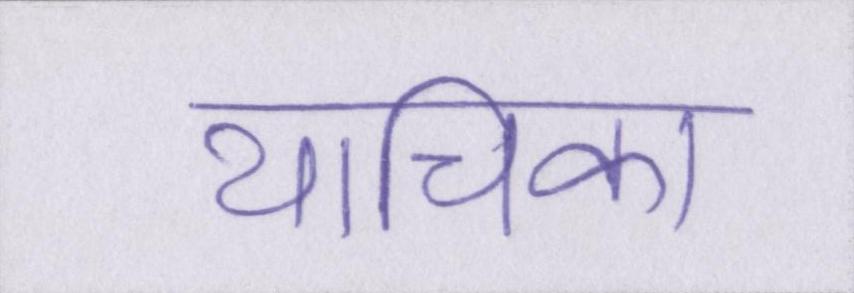
याचिका